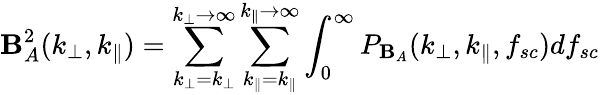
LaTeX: \mathbf{B}_{A}^{2}(k_{\perp},k_{\parallel})=\sum_{k_{\perp}=k_{\perp}}^{k_{\perp}\rightarrow\infty}\sum_{k_{\parallel}=k_{\parallel}}^{k_{\parallel}\rightarrow\infty}\int_{0}^{\infty}P_{\mathbf{B}_{A}}(k_{\perp},k_{\parallel},f_{sc})df_{sc}